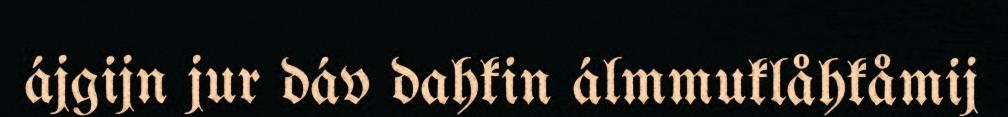
ájgijn jur dáv dahkin álmmuklåhkåmij